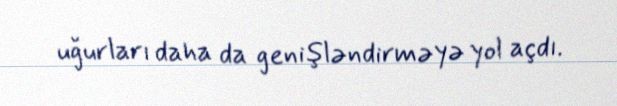
uğurları daha da genişləndirməyə yol açdı.